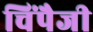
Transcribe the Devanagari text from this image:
चिंपैजी